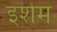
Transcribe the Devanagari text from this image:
इशेम